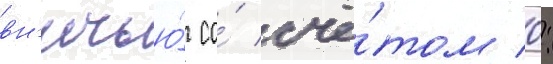
вн'ичью́ со́ счё́том 0: